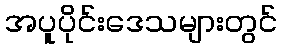
အပူပိုင်းဒေသများတွင်